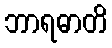
ဘာရဓာတိ